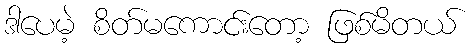
ဒါပေမဲ့ စိတ်မကောင်းတော့ ဖြစ်မိတယ်